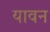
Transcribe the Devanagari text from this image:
यावन